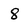
Character: 8